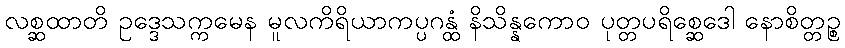
လစ္ဆထာတိ ဥဒ္ဒေသက္ကမေန မူလကိရိယာကပ္ပဂန္ထံ နိသိန္နကောဝ ပုတ္တပရိစ္ဆေဒေါ နောစိတ္တဉ္စ